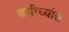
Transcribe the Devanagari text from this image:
बगीच्यांत